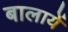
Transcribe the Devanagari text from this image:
बालायें